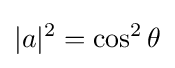
|a|^{2}=\cos ^{2}\theta